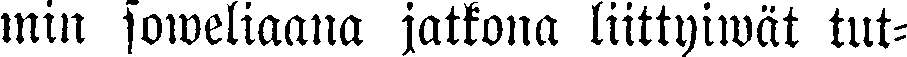
min soweliaana jatkona liittyiwät tut-